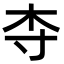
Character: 𬂝